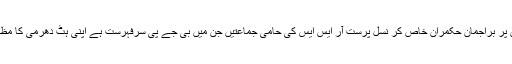
جس کا اشارہ بھارت سے وابستہ ذی حس طبقہ کرتا آرہا ہے تاہم کرسیوں پر براجمان حکمران خاص کر نسل پرست آر ایس ایس کی حامی جماعتیں جن میں بی جے پی سرفہرست ہے اپنی ہٹ دھرمی کا مظاہرہ کر کے مقبوضہ کشمیر میں نوجوان نسل کے قتل عام کی متمنی ہے۔